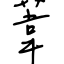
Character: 葦